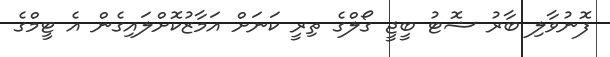
ފޮނުވާލި ބާރު ޝޮޓު ބީޖީ ގޯލްގެ ތިރީ ކަނަށް އަމާޒުކޮށްލައިގެން އެ ޓީމްގެ